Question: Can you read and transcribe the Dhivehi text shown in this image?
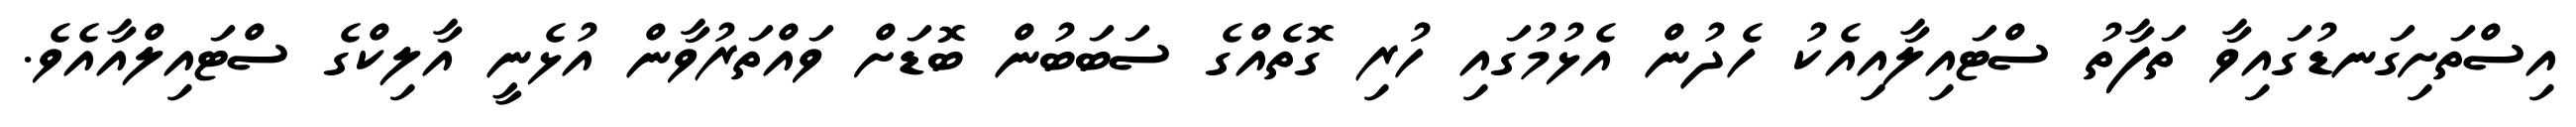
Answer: އިސްތަށިގަނޑުގައިވާ ތަފާތު ސްޓައިލާއިއެކު ހެދުން އެޅުމުގައި ހުރި ގޮތެއްގެ ސަބަބުން ބޮޑަށް ވައްތަރުވާން އުޅެނީ އާލިކްގެ ސްޓައިލްއާއެވެ.